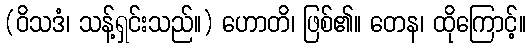
(ဝိသဒံ၊ သန့်ရှင်းသည်။) ဟောတိ၊ ဖြစ်၏။ တေန၊ ထိုကြောင့်။